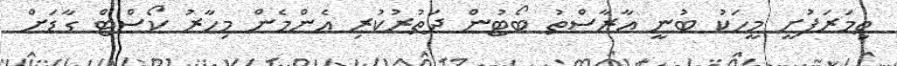
ތިމަރަފުށީ މީހަކު ބުނީ އާރާސްތު ބޯޓުން ދަތުރުކުރި އެންމެން މިހާރު ކޯސްޓް ގާޑަށް